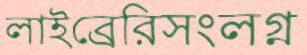
লাইব্রেরিসংলগ্ন